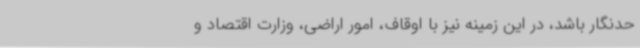
حدنگار باشد، در این زمینه نیز با اوقاف، امور اراضی، وزارت اقتصاد و